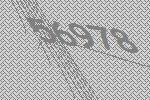
56978